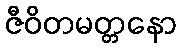
ဇီဝိတမတ္တနော